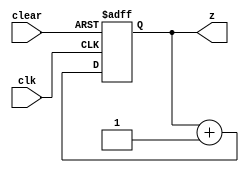
`timescale 1ns / 1ps
//////////////////////////////////////////////////////////////////////////////////
// Company: 
// Engineer: 
// 
// Design Name: 
// Module Name: Counter
// Project Name: 
// Target Devices: 
// Tool Versions: 
// Description: 
// 
// Dependencies: 
// 
// Revision:
// Revision 0.01 - File Created
// Additional Comments:
// 
//////////////////////////////////////////////////////////////////////////////////


module Counter(
 input clk,
 input clear,
 output [2:0] z
);

reg [2:0] q;

 always @(posedge clk, posedge clear)
    if (clear == 1)
     q <= 0;
    else
     q <= q + 1;
    assign z = q;
    
endmodule